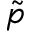
\tilde { p }